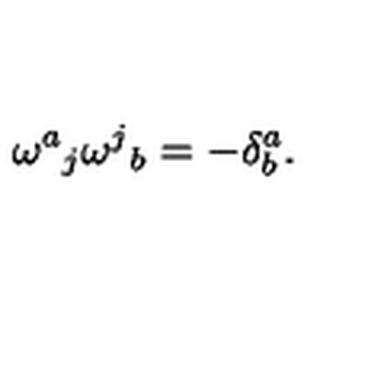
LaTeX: { \omega ^ { a } } _ { j } { \omega ^ { j } } _ { b } = - \delta _ { b } ^ { a } .